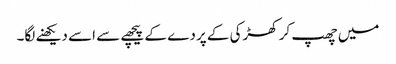
میں چھپ کر کھڑکی کے پردے کے پیچھے سے اسے دیکھنے لگا۔